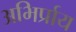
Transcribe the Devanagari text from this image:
अभिर्प्राय